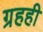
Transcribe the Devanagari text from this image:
ग्रहही